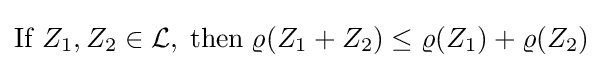
\mathrm {If} \;Z_{1},Z_{2}\in {\mathcal {L}},\;\mathrm {then} \;\varrho (Z_{1}+Z_{2})\leq \varrho (Z_{1})+\varrho (Z_{2})